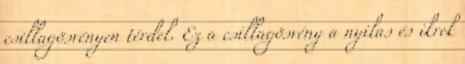
csillagösvényen térdel. Ez a csillagösvény a nyilas és ikrek